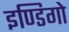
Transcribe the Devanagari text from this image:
इण्डिगो